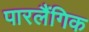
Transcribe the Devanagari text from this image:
पारलैंगिक